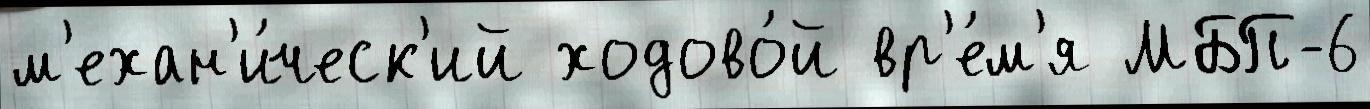
м'ехан'и́ческ'ий ходово́й вр'е́м'я МБП-6